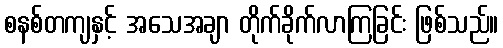
စနစ်တကျနှင့် အသေအချာ တိုက်ခိုက်လာကြခြင်း ဖြစ်သည်။